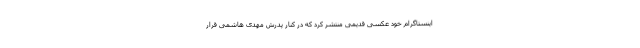
اینستاگرام خود عکسی قدیمی منتشر کرد که در کنار پدرش مهدی هاشمی قرار